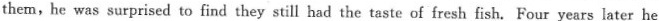
them,he was surprised to find they still had the taste of fresh fish.Four years later he